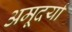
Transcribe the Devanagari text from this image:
अमूदर्या